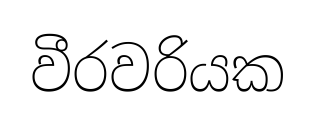
වීරවරියක